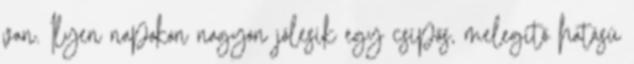
van. Ilyen napokon nagyon jólesik egy csípős, melegítő hatású